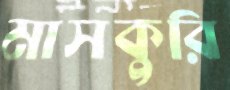
মাসকুরি